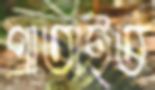
পাতাইত